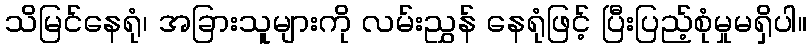
သိမြင်နေရုံ၊ အခြားသူများကို လမ်းညွှန် နေရုံဖြင့် ပြီးပြည့်စုံမှုမရှိပါ။